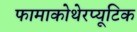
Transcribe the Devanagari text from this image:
फामाकोथेरप्यूटिक